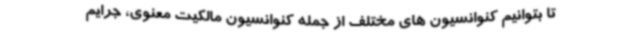
تا بتوانیم کنوانسیون های مختلف از جمله کنوانسیون مالکیت معنوی، جرایم